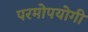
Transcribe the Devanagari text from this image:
परमोपयोगी